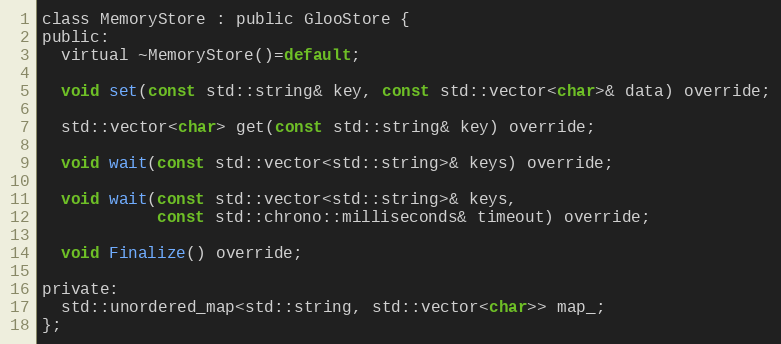
Language: C
class MemoryStore : public GlooStore {
public:
  virtual ~MemoryStore()=default;

  void set(const std::string& key, const std::vector<char>& data) override;

  std::vector<char> get(const std::string& key) override;

  void wait(const std::vector<std::string>& keys) override;

  void wait(const std::vector<std::string>& keys,
            const std::chrono::milliseconds& timeout) override;

  void Finalize() override;

private:
  std::unordered_map<std::string, std::vector<char>> map_;
};